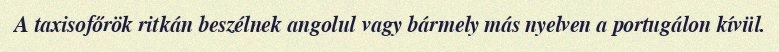
A taxisofőrök ritkán beszélnek angolul vagy bármely más nyelven a portugálon kívül.